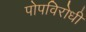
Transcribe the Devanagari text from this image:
पोपविरोधी